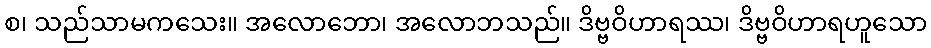
စ၊ သည်သာမကသေး။ အလောဘော၊ အလောဘသည်။ ဒိဗ္ဗဝိဟာရဿ၊ ဒိဗ္ဗဝိဟာရဟူသော